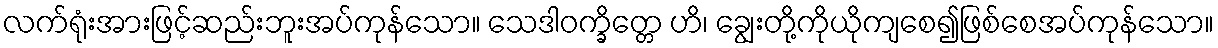
လက်ရုံးအားဖြင့်ဆည်းဘူးအပ်ကုန်သော။ သေဒါဝက္ခိတ္တေ ဟိ၊ ချွေးတို့ကိုယိုကျစေ၍ဖြစ်စေအပ်ကုန်သော။